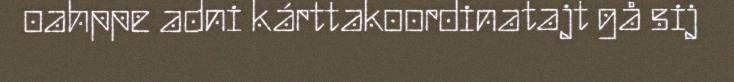
oahppe adni kárttakoordinatajt gå sij